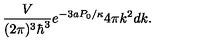
\frac { V } { ( 2 \pi ) ^ { 3 } \hbar ^ { 3 } } e ^ { - 3 a P _ { 0 } / \kappa } 4 \pi k ^ { 2 } d k .